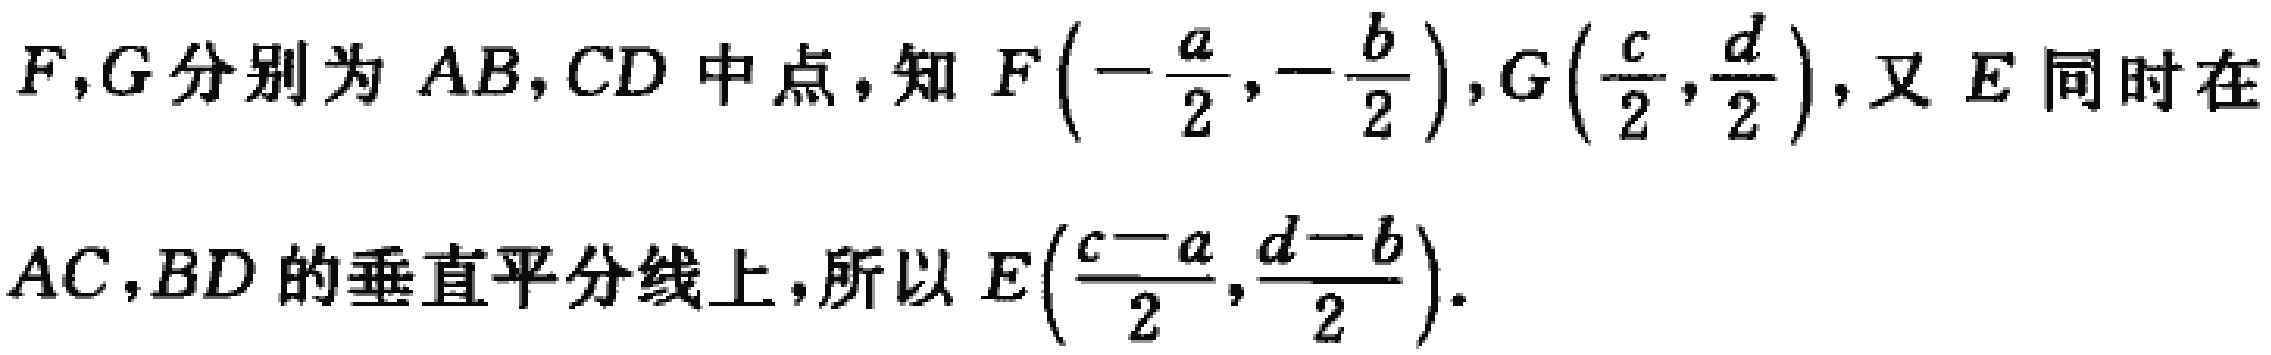
$F,G分别为AB,CD中点，知F\left(-\frac{a}{2},-\frac{b}{2}\right),G\left(\frac{c}{2},\frac{d}{2}\right),又E同时在$
$AC,BD的垂直平分线上，所以E\left(\frac{c - a}{2},\frac{d - b}{2}\right).$